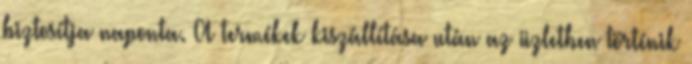
biztosítja naponta. A termékek kiszállítása után az üzletben történik